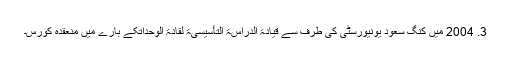
3. 2004 میں کنگ سعود یونیورسٹی کی طرف سے قیادۃ الدراسۃ التأسیسیۃ لقادۃ الوحداتکے بارے میں منعقدہ کورس۔